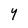
Character: y